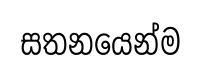
සතනයෙන්ම